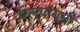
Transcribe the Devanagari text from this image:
वलपायनी